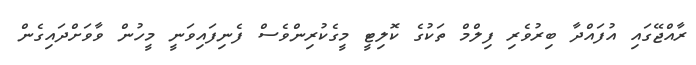
ރާއްޖޭގައި އުފައްދާ ބިރުވެރި ފިލްމް ތަކުގެ ކޮލިޓީ މީގެކުރިންވެސް ފެނިފައިވަނީ މީހުން ވާވަށްދައިގެން